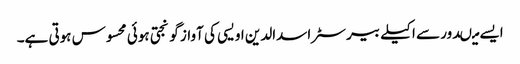
ایسے میںدور سے اکیلے بیرسٹر اسدالدین اویسی کی آواز گونجتی ہوئی محسوس ہوتی ہے۔